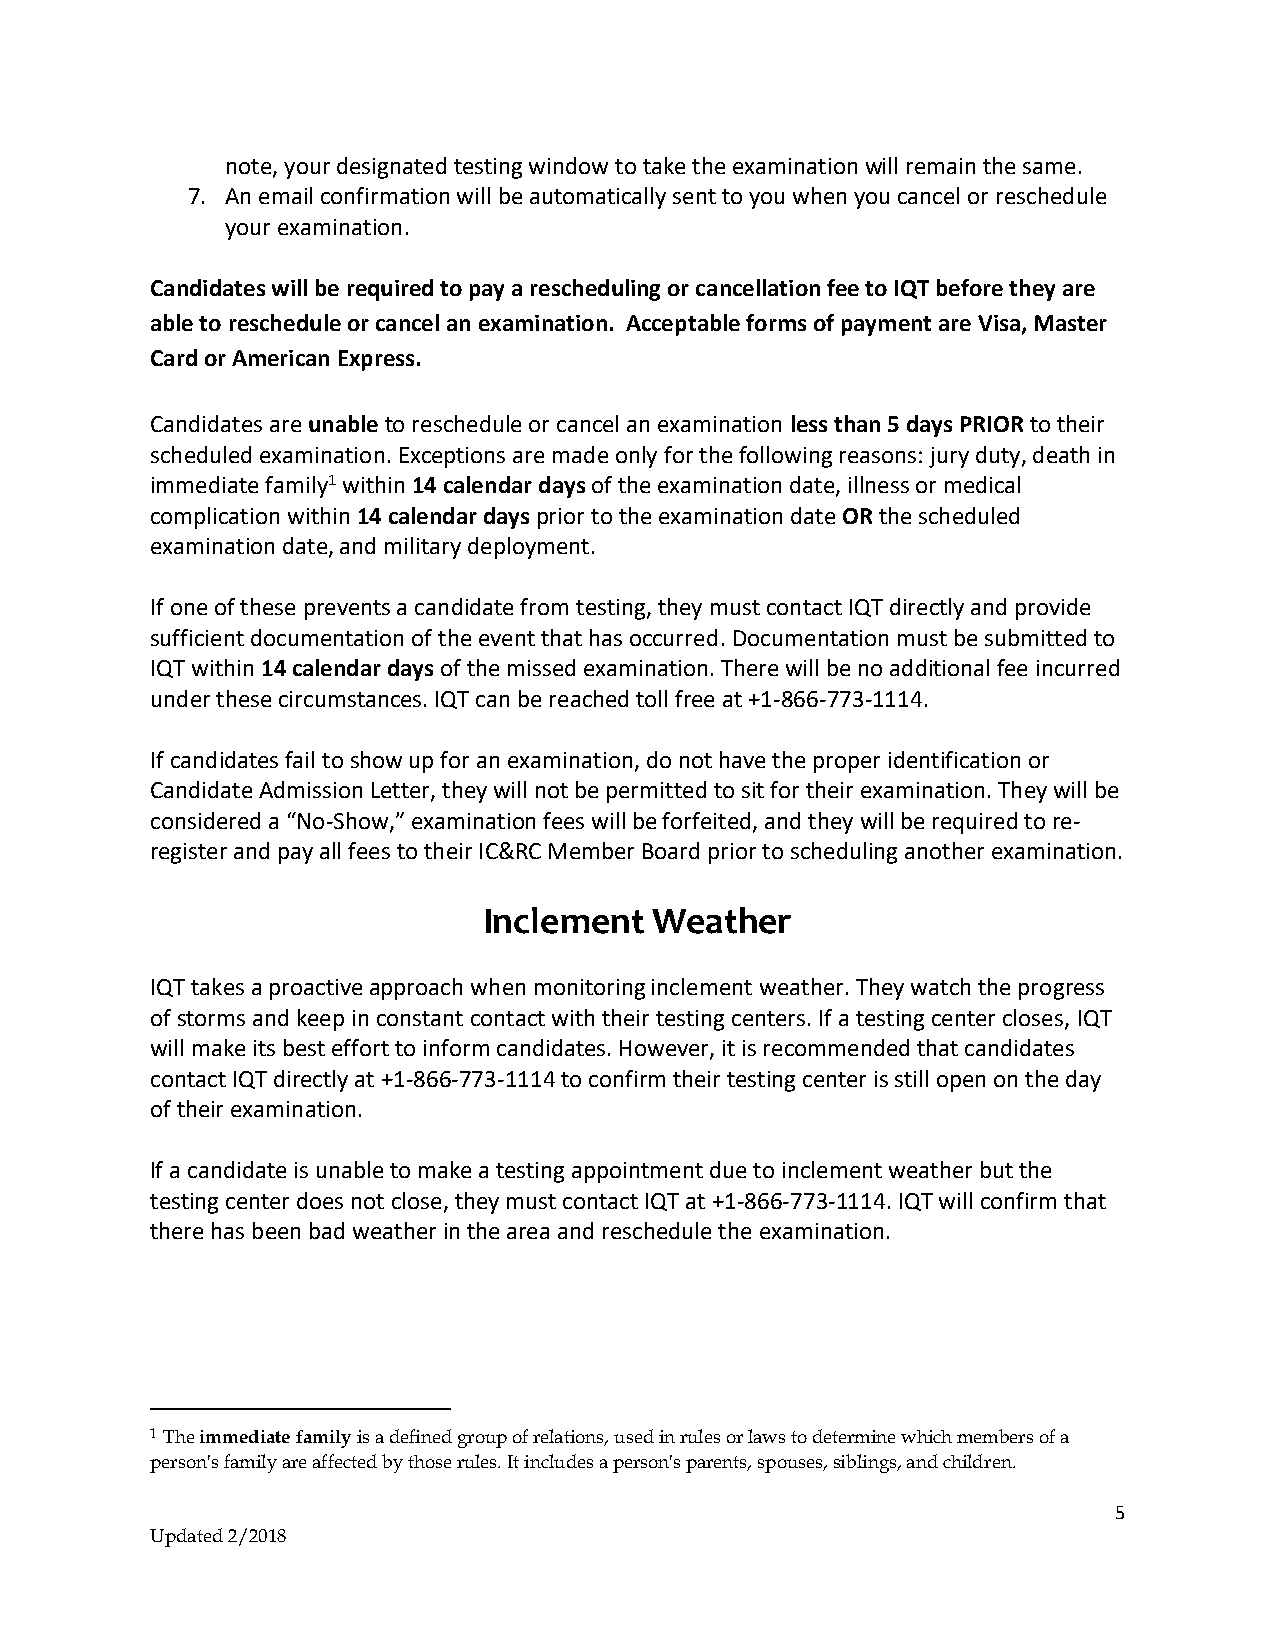
note, your designated testing window to take the examination will remain the same.
 7. An email confirmation will be automatically sent to you when you cancel or reschedule
 your examination.
 Candidates will be required to pay a rescheduling or cancellation fee to IQT before they are
 able to reschedule or cancel an examination. Acceptable forms of payment are Visa, Master
 Card or American Express.
 Candidates are unable to reschedule or cancel an examination less than 5 days PRIOR to their
 scheduled examination. Exceptions are made only for the following reasons: jury duty, death in
 immediate family1 within 14 calendar days of the examination date, illness or medical
 complication within 14 calendar days prior to the examination date OR the scheduled
 examination date, and military deployment.
 If one of these prevents a candidate from testing, they must contact IQT directly and provide
 sufficient documentation of the event that has occurred. Documentation must be submitted to
 IQT within 14 calendar days of the missed examination. There will be no additional fee incurred
 under these circumstances. IQT can be reached toll free at +1-866-773-1114.
 If candidates fail to show up for an examination, do not have the proper identification or
 Candidate Admission Letter, they will not be permitted to sit for their examination. They will be
 considered a “No-Show,” examination fees will be forfeited, and they will be required to re-
 register and pay all fees to their IC&RC Member Board prior to scheduling another examination.
 Inclement  Weather
 IQT takes a proactive approach when monitoring inclement weather. They watch the progress
 of storms and keep in constant contact with their testing centers. If a testing center closes, IQT
 will make its best effort to inform candidates. However, it is recommended that candidates
 contact IQT directly at +1-866-773-1114 to confirm their testing center is still open on the day
 of their examination.
 If a candidate is unable to make a testing appointment due to inclement weather but the
 testing center does not close, they must contact IQT at +1-866-773-1114. IQT will confirm that
 there has been bad weather in the area and reschedule the examination.
 1 The immediate family is a defined group of relations, used in rules or laws to determine which members of a
 person's family are affected by those rules. It includes a person's parents, spouses, siblings, and children.
 5
 Updated 2/2018